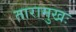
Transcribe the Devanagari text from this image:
तारामुखः